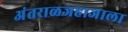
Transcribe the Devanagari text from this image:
अंतराळजहाजाला